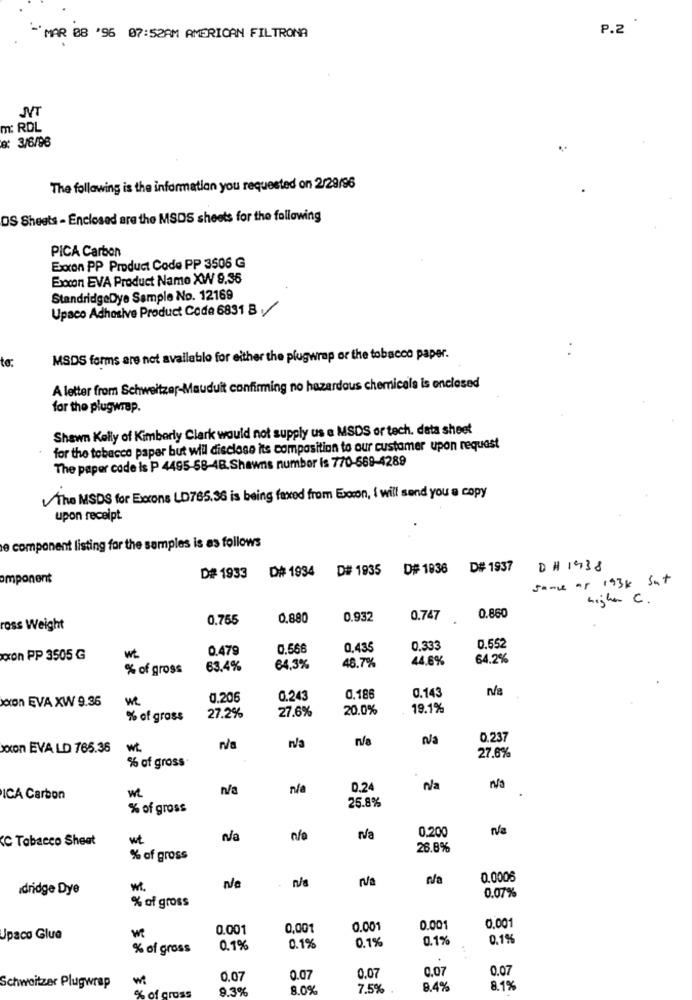
P.2
-MAR 88 '96 07:52AM AMERICAN FILTRONA
NT
m: ROL
e: 3/6/96
The following is the information you requested on 2/29/96
OS Sheets - Enclosed are the MSDS sheets for the following
PICA Carbon
Exxon PP Product Code PP 3506 G
Exocon EVA Product Name XW 9.36
StandridgeDye Sample No. 12169
Upaco Adhesive Product Code 6831 B /
to:
MSDS forms are not available for either the plugwrap or the tobacco paper.
A letter from Schweitzer-Mauduit confirming no hazardous chemicals is enclosed
for the plugwrap.
Shawn Kelly of Kimberly Clark would not supply us e MSDS or tech. data sheet
for the tobacco paper but will disclose its composition to our customer upon request
The paper code is P 4495-58-4B.Shawns number is 770-669-4289
The MSDS for Exxons LD765.36 is being faxed from Exocon, i will send you a copy
upon receipt
e component listing for the samples is as follows
D# 1933 D# 1934 D# 1935
D# 1836
D# 1937
D# 1938
omponent
sence of 193k Sut
hight C.
0.765
0,880
0.932
0.747
0.860
ross Weight
0.479
0.566
0,435
0.333
0.552
con PP 3505 G
44.6%
64.2%
% of gross
63.4%
64,3%
48.7%
0.143
oxon EVA XW 9.36
we
0.206
0.243
0.186
27.6%
20.0%
19.1%
% of grass
27.2%
n/a
0.237
xxon EVA LD 765.36
wt
% of gross
27.6%
N/a
na
0.24
N/a
ICA Carbon
25.8%
% of gross
Na
C Tabacco Sheat
nfo
0,200
26.8%
% of gross
n/a
0.0006
dridge Dye
n/a
% of gross
0.07%
0.001
0,001
0.001
0.001
0.001
Upaco Glue
0.1%
0.1%
% of gross
0.1%
0.19
0.1%
0,07
0.07
0.07
0.07
0.07
Schweitzer Plugwrap
Lof cros
9.3%
8.0%
7.5%
8.4%
8.1%